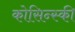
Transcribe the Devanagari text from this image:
कोसिन्स्की